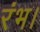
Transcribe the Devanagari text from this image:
रंभ।